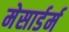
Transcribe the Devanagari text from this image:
मेसार्डर्म